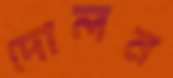
দোলন